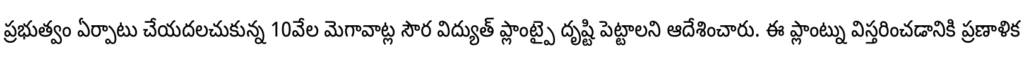
ప్రభుత్వం ఏర్పాటు చేయదలచుకున్న 10వేల మెగావాట్ల సౌర విద్యుత్ ప్లాంట్పై దృష్టి పెట్టాలని ఆదేశించారు. ఈ ప్లాంట్ను విస్తరించడానికి ప్రణాళిక